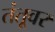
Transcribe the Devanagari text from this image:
तंतूवर